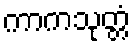
ကာကသုတ္တံ